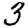
Digit: 3